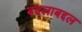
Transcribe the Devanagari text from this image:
बदलाबद्दल